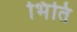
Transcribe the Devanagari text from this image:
भिंति